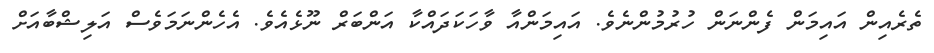
ތެރެއިން އައިމަން ފެންނަން ހުރުމުންނެވެ. އައިމަންއާ ވާހަކަދައްކާ އަންބަރް ނޫޅެއެވެ. އެހެންނަމަވެސް އަލިޝްބާއަށް